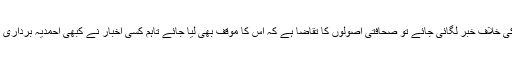
’اگر کسی ایک پارٹی کی خلاف خبر لگائی جائے تو صحافتی اصولوں کا تقاضا ہے کہ اس کا موقف بھی لیا جائے تاہم کسی اخبار نے کبھی احمدیہ برداری کا مؤقف شائع نہیں کیا۔